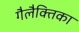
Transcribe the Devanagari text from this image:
गैलैक्तिका